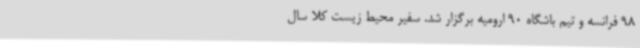
98 فرانسه و تیم باشگاه 90 ارومیه برگزار شد. سفیر محیط زیست کلا سال